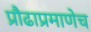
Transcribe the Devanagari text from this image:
प्रौढाप्रमाणेच